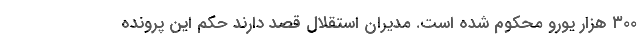
۳۰۰ هزار یورو محکوم شده است. مدیران استقلال قصد دارند حکم این پرونده